Indian journal of veterinary science and animal husbandry - Volume 10,
Year: 1940
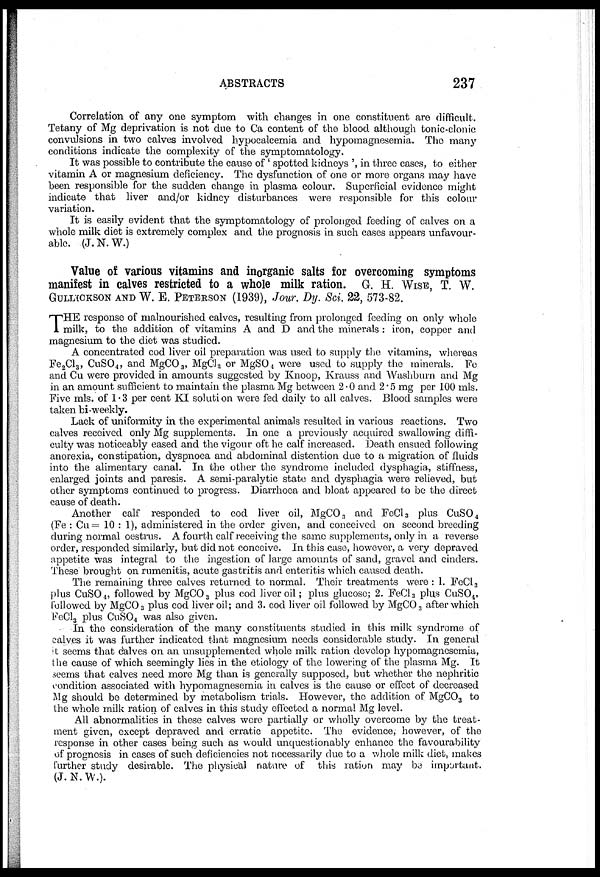
ABSTRACTS
237
Correlation of any one symptom with changes in one constituent are difficult.
Tetany of Mg deprivation is not due to Ca content of the blood although tonic-clonic
convulsions in two calves involved hypocalcemia and hypomagnesemia. The many
conditions indicate the complexity of the symptomatology.
It was possible to contribute the cause of ' spotted kidneys ', in three cases, to either
vitamin A or magnesium deficiency. The dysfunction of one or more organs may have
been responsible for the sudden change in plasma colour. Superficial evidence might
indicate that liver and/or kidney disturbances were responsible for this colour
variation.
It is easily evident that the symptomatology of prolonged feeding of calves on a
whole milk diet is extremely complex and the prognosis in such cases appears unfavour-
able. (J. N. W.)
Value of various vitamins and inorganic salts for overcoming symptoms
manifest in calves restricted to a whole milk ration.G. H. WISE, T. W.
GULLICKSON AND W. E. PETERSON (1939), Jour. Dy. Sci. 22, 573-82.
T HE response of malnourished calves, resulting from prolonged feeding on only whole
milk, to the addition of vitamins A and D and the minerals: iron, copper and
magnesium to the diet was studied.
A concentrated cod liver oil preparation was used to supply the vitamins, whereas
Fe 2 Cl 3 , CuSO 4 , and MgCO 3 , MgCl 2 or MgSO 4 were used to supply the minerals. Fe
and Cu were provided in amounts suggested by Knoop, Krauss and Washburn and Mg
in an amount sufficient to maintain the plasma Mg between 2.0 and 2.5 mg per 100 mls.
Five mls. of 1.3 per cent KI solution were fed daily to all calves. Blood samples were
taken bi-weekly.
Lack of uniformity in the experimental animals resulted in various reactions. Two
calves received only Mg supplements. In one a previously acquired swallowing diffi-
culty was noticeably eased and the vigour oft he calf increased. Death ensued following
anorexia, constipation, dyspnoea and abdominal distention due to a migration of fluids
into the alimentary canal. In. the other the syndrome included dysphagia, stiffness,
enlarged joints and paresis. A semi-paralytic state and dysphagia were relieved, but
other symptoms continued to progress. Diarrhoea and bloat appeared to be the direct
cause of death.
Another calf responded to cod liver oil, MgCO 3 and FeCl 3 plus CuSO 4
(Fe : Cu= 10 : 1), administered in the order given, and conceived on second breeding
during normal oestrus. A fourth calf receiving the same supplements, only in a reverse
order, responded similarly, but did not conceive. In this case, however, a very depraved
appetite was integral to the ingestion of large amounts of sand, gravel and cinders.
These brought on rumenitis, acute gastritis and enteritis which caused death.
The remaining three calves returned to normal. Their treatments were : 1. FeCl 3
plus CuSO 4 , followed by MgCO 3 plus cod liver oil; plus glucose; 2. FeCl 3 plus CuSO 4 ,
followed by MgCO 3 plus cod liver oil; and 3. cod liver oil followed by MgCO 3 after which
FeCl 3 plus CuSO 4 was also given.
In the consideration of the many constituents studied in this milk syndrome of
calves it was further indicated that magnesium needs considerable study. In general
it seems that calves on an unsupplemented whole milk ration develop hypomagnesemia,
the cause of which seemingly lies in the etiology of the lowering of the plasma Mg. It
seems that calves need more Mg than is generally supposed, but whether the nephritic
condition associated with hypomagnesemia in calves is the cause or effect of decreased
Mg should be determined by metabolism trials. However, the addition of MgCO 3 to
the whole milk ration of calves in this study effected a normal Mg level.
All abnormalities in these calves were partially or wholly overcome by the treat-
ment given, except depraved and erratic appetite. The evidence, however, of the
response in other cases being such as would unquestionably enhance the favourability
of prognosis in cases of such deficiencies not necessarily due to a whole milk diet, makes
further study desirable. The physical nature of this ration may be important.
(J.N.W.).